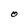
Character: O